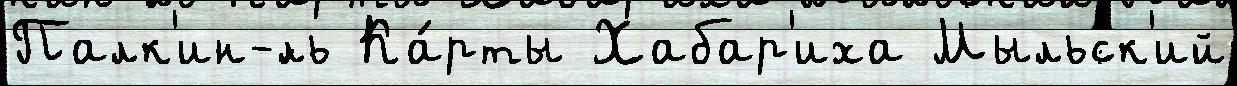
Палк'ин-́ль Ка́рты Хабар'иха Мыльск'ий